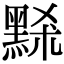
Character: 𪑂